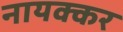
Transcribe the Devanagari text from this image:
नायक्कर